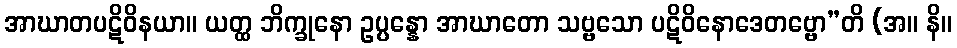
အာဃာတပဋိဝိနယာ။ ယတ္ထ ဘိက္ခုနော ဥပ္ပန္နော အာဃာတော သဗ္ဗသော ပဋိဝိနောဒေတဗ္ဗော”တိ (အ။ နိ။